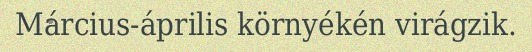
Március-április környékén virágzik.